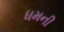
ધમની